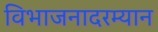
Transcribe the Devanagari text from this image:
विभाजनादरम्यान